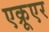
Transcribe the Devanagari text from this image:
एक्रूएर